Annual report of the Punjab Veterinary College and of the Civil Veterinary Department, Punjab - 1926-1932
Year: 1926
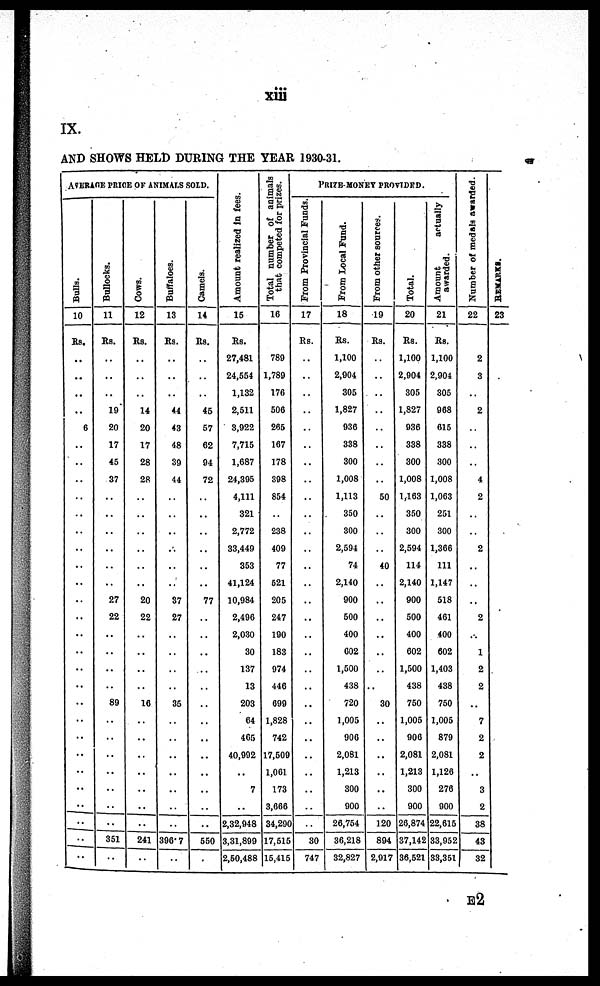
xiii
IX.
AND SHOWS HELD DURING THE YEAR 1930-31.
AVERAGE PRICE OF ANIMALS SOLD.
Bulls.
10
Rs.
..
..
..
..
6
..
..
..
..
..
..
..
..
..
..
..
..
..
..
..
..
..
..
..
..
..
..
..
..
..
Bullocks.
11
Rs.
..
..
..
19
20
17
45
37
..
..
..
..
..
..
27
22
..
..
..
..
89
..
..
..
..
..
..
..
351
..
Cows.
12
Rs.
..
..
..
14
20
17
28
28
..
..
..
..
..
..
20
22
..
..
..
..
16
..
..
..
..
..
..
..
241
..
Buffaloes.
13
Rs.
..
..
..
44
43
48
39
44
..
..
..
..
..
..
37
27
..
..
..
..
35
..
..
..
..
..
..
..
396. 7
..
Camels.
14
Rs.
..
..
..
45
57
62
94
72
..
..
..
..
..
..
77
..
..
..
..
..
..
..
..
..
..
..
..
550
..
Amo u n t r e a l i z e d in fees.
15
Rs.
27,481
24,554
1,132
2,611
3,922
7,715
1,687
24,395
4,111
321
2,772
33,449
353
41,124
10,984
2,496
2,030
30
137
13
203
64
465
40,992
..
7
..
2,32,948
3,31,899
2,60,488
Total number of animals
that competed for prizes.
16
789
1,789
176
506
266
167
178
398
854
..
238
409
77
521
205
247
100
183
974
446
699
1,828
742
17,509
1,061
173
3,666
34,290
17,515
15,415
PRISE-MONEY PROVIDED.
From Provincial Funds.
17
Rs.
..
..
..
..
..
..
..
..
..
..
..
..
..
..
..
..
..
..
..
..
..
..
..
..
..
..
..
..
30
747
From Local Fund.
18
Rs.
1,100
2,904
305
1,827
936
338
300
1,008
1,113
350
300
2,594
74
2,140
900
600
400
602
1,500
438
720
1,005
900
2,081
1,213
300
900
26,764
36,218
32,827
From other sources.
19
Rs.
..
..
..
..
..
..
..
..
50
..
..
..
40
..
..
..
..
..
..
..
30
..
..
..
..
..
..
120
894
2,917
Total.
20
Rs.
1,100
2,904
305
1,827
936
338
300
1,008
1,163
350
300
2,594
114
2,140
900
500
400
602
1,500
438
760
1,005
900
2,081
1,213
300
900
26,874
37,142
36,521
Amount
actually
awarded.
21
Rs.
1,100
2,904
305
968
615
338
300
1,008
1,063
251
300
1,366
111
1,147
518
461
400
602
1,403
438
760
1,005
879
2,081
1,126
276
900
22,615
33,952
83,351
Number of medals awarded.
22
2
3
..
2
..
..
..
4
2
..
..
2
..
..
..
2
..
1
2
2
..
7
2
2
..
3
2
38
43
32
RE MARKS .
23
E2